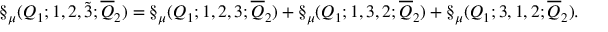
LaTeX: \S _ { \mu } ( Q _ { 1 } ; 1 , 2 , \tilde { 3 } ; \overline { { { Q } } } _ { 2 } ) = \S _ { \mu } ( Q _ { 1 } ; 1 , 2 , 3 ; \overline { { { Q } } } _ { 2 } ) + \S _ { \mu } ( Q _ { 1 } ; 1 , 3 , 2 ; \overline { { { Q } } } _ { 2 } ) + \S _ { \mu } ( Q _ { 1 } ; 3 , 1 , 2 ; \overline { { { Q } } } _ { 2 } ) .